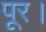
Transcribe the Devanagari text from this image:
पूर।